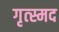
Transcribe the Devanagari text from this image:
गृत्स्मद